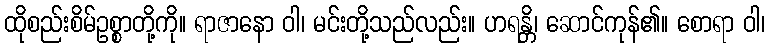
ထိုစည်းစိမ်ဥစ္စာတို့ကို။ ရာဇာနော ဝါ၊ မင်းတို့သည်လည်း။ ဟရန္တိ၊ ဆောင်ကုန်၏။ စောရာ ဝါ၊